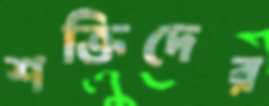
শক্তিদের